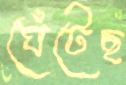
ঘেঁটেছ